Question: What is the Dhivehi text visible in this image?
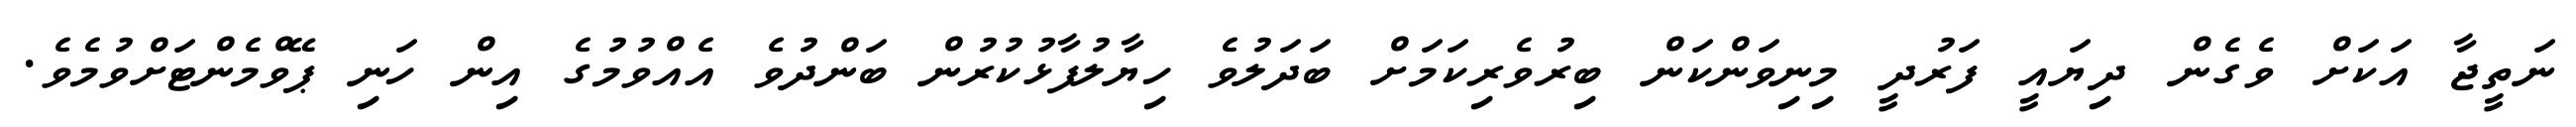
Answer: ނަތީޖާ އަކަށް ވެގެން ދިޔައީ ފަރުދީ މިނިވަންކަން ބިރުވެރިކަމަށް ބަދަލުވެ ހިޔާލުފާޅުކުރުން ބަންދުވެ އެއްވުމުގެ އިން ހަނި ޕޭވްމެންޓަށްވުމެވެ.